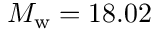
M _ { \mathrm { w } } = 1 8 . 0 2